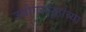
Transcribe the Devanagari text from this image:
उद्योगसमूहांच्या